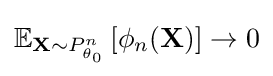
\mathbb {E} _{\mathbf {X} \sim P_{\theta _{0}}^{n}}\left[\phi _{n}(\mathbf {X} )\right]\rightarrow 0